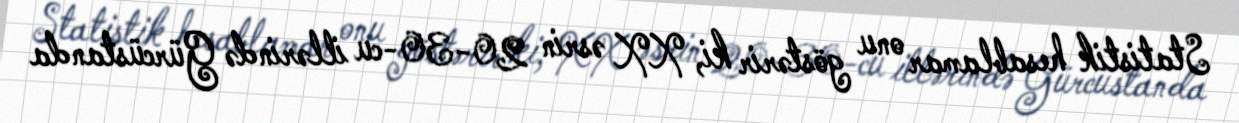
Statistik hesablamar onu göstərir ki, XX əsrin 20-30-cu illərində Gürcüstanda